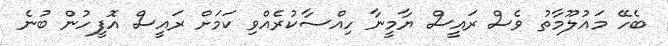
ބެހޭ މައުލޫމާތު ވެސް ރައީސް ޔާމީނާ ހިއްސާކުރެއްވި ކަމަށް ރައީސް އޮފީހުން ބުނެ